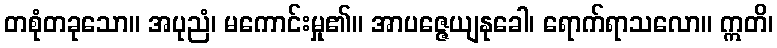
တစုံတခုသော။ အပုညံ၊ မကောင်းမှု၏။ အာပဇ္ဇေယျနုခေါ၊ ရောက်ရာသလော။ ဣတိ၊